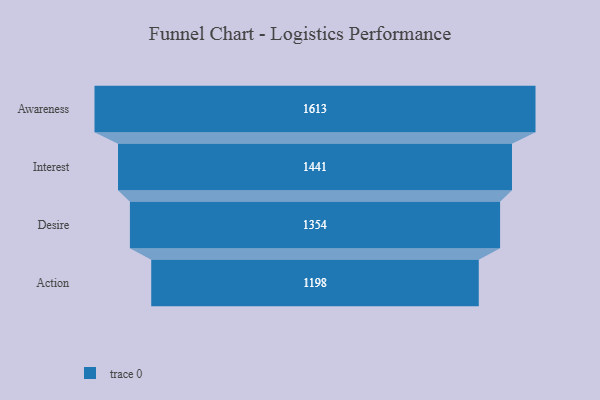
{"axis": {"x": "Stage", "y": "Value"}, "legend": [""], "data": [{"x": "Awareness", "y": 1613.0, "type": ""}, {"x": "Interest", "y": 1441.0, "type": ""}, {"x": "Desire", "y": 1354.0, "type": ""}, {"x": "Action", "y": 1198.0, "type": ""}]}